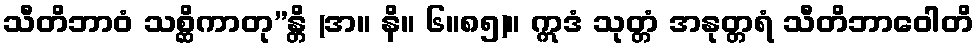
သီတိဘာဝံ သစ္ဆိကာတု”န္တိ (အ။ နိ။ ၆။၈၅)။ ဣဒံ သုတ္တံ အနုတ္တရံ သီတိဘာဝေါတိ